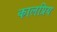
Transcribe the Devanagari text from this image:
कालप्रिय